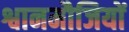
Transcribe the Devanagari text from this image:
श्वानमौजियों